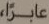
عابراً